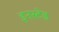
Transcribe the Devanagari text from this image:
इनस्टेड